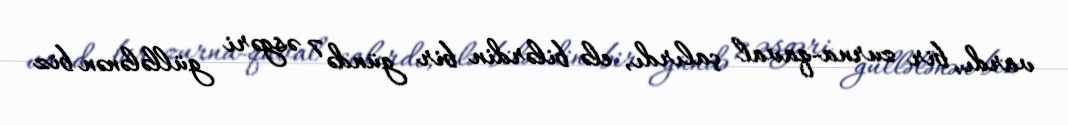
vardı, bir zurna-qaval çalırdı, elə bilərdin bir gündə 7 əsgəri güllələnən biz